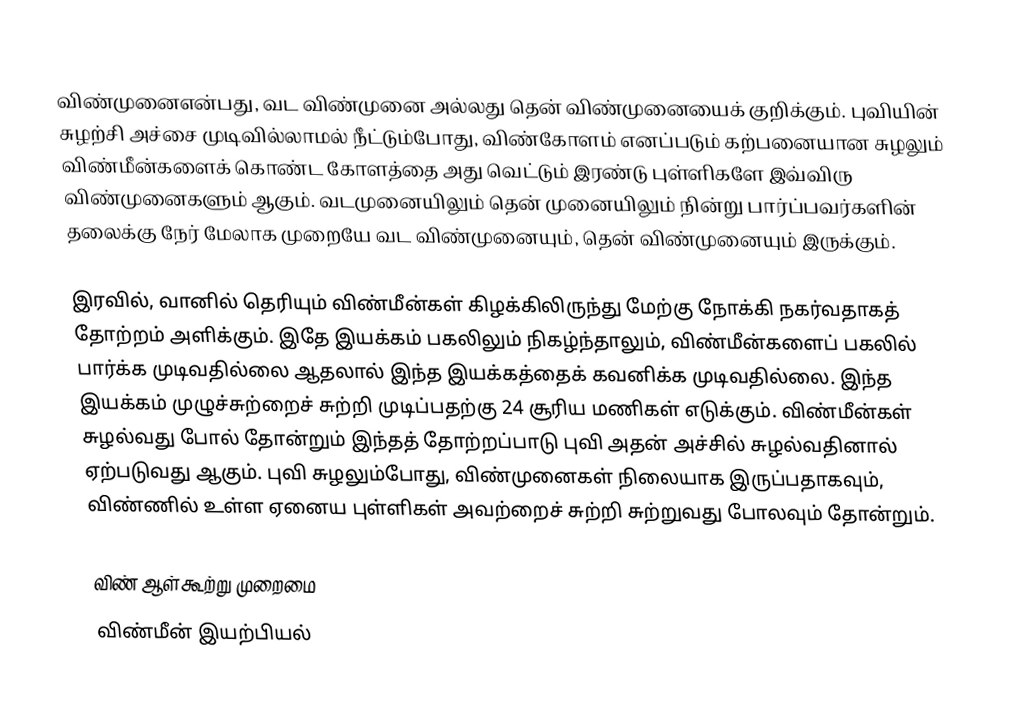
விண்முனைஎன்பது, வட விண்முனை அல்லது தென் விண்முனையைக் குறிக்கும். புவியின் சுழற்சி அச்சை முடிவில்லாமல் நீட்டும்போது, விண்கோளம் எனப்படும் கற்பனையான சுழலும் விண்மீன்களைக் கொண்ட கோளத்தை அது வெட்டும் இரண்டு புள்ளிகளே இவ்விரு விண்முனைகளும் ஆகும். வடமுனையிலும் தென் முனையிலும் நின்று பார்ப்பவர்களின் தலைக்கு நேர் மேலாக முறையே வட விண்முனையும், தென் விண்முனையும் இருக்கும்.

இரவில், வானில் தெரியும் விண்மீன்கள் கிழக்கிலிருந்து மேற்கு நோக்கி நகர்வதாகத் தோற்றம் அளிக்கும். இதே இயக்கம் பகலிலும் நிகழ்ந்தாலும், விண்மீன்களைப் பகலில் பார்க்க முடிவதில்லை ஆதலால் இந்த இயக்கத்தைக் கவனிக்க முடிவதில்லை. இந்த இயக்கம் முழுச்சுற்றைச் சுற்றி முடிப்பதற்கு 24 சூரிய மணிகள் எடுக்கும். விண்மீன்கள் சுழல்வது போல் தோன்றும் இந்தத் தோற்றப்பாடு புவி அதன் அச்சில் சுழல்வதினால் ஏற்படுவது ஆகும். புவி சுழலும்போது, விண்முனைகள் நிலையாக இருப்பதாகவும், விண்ணில் உள்ள ஏனைய புள்ளிகள் அவற்றைச் சுற்றி சுற்றுவது போலவும் தோன்றும்.

விண் ஆள்கூற்று முறைமை
விண்மீன் இயற்பியல்